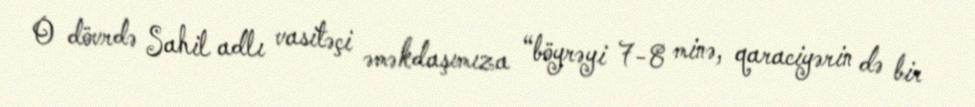
O dövrdə Sahil adlı vasitəçi əməkdaşımıza “böyrəyi 7-8 minə, qaraciyərin də bir